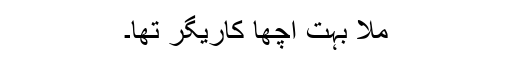
ملّا بہت اچھا کاریگر تھا۔